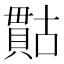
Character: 𮚙